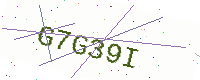
Text: G7G39I